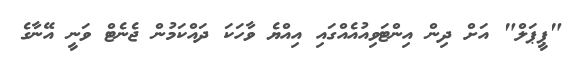
"ޕީޕަލް" އަށް ދިން އިންޓަވިއުއެއްގައި އިއްޔެ ވާހަކަ ދައްކަމުން ޖެނެޓް ވަނީ އޭނާގެ